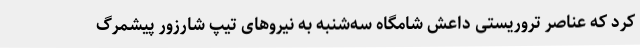
کرد که عناصر تروریستی داعش شامگاه سه‌شنبه به نیروهای تیپ شارزور پیشمرگ